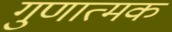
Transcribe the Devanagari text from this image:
गुणात्‍मक